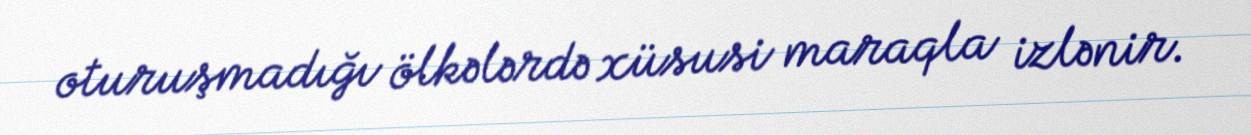
oturuşmadığı ölkələrdə xüsusi maraqla izlənir.